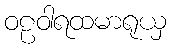
ဝဠဝါရထမာရုယှ